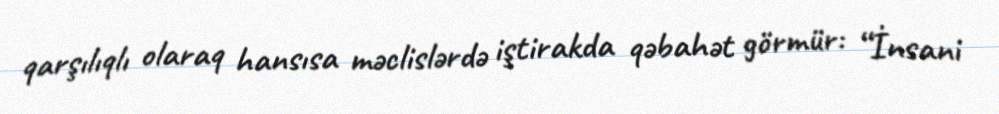
qarşılıqlı olaraq hansısa məclislərdə iştirakda qəbahət görmür: “İnsani